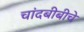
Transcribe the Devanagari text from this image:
चांदबीबीचे